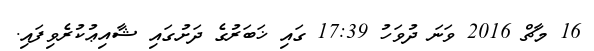
16 މާޗް 2016 ވަނަ ދުވަހު 17:39 ގައި ޚަބަރުގެ ދަށުގައި ޝާއިޢުކުރެވިފައި.